King Institute of Preventive Medicine Micro-Biological Section reports 1909-11
Year: 1909
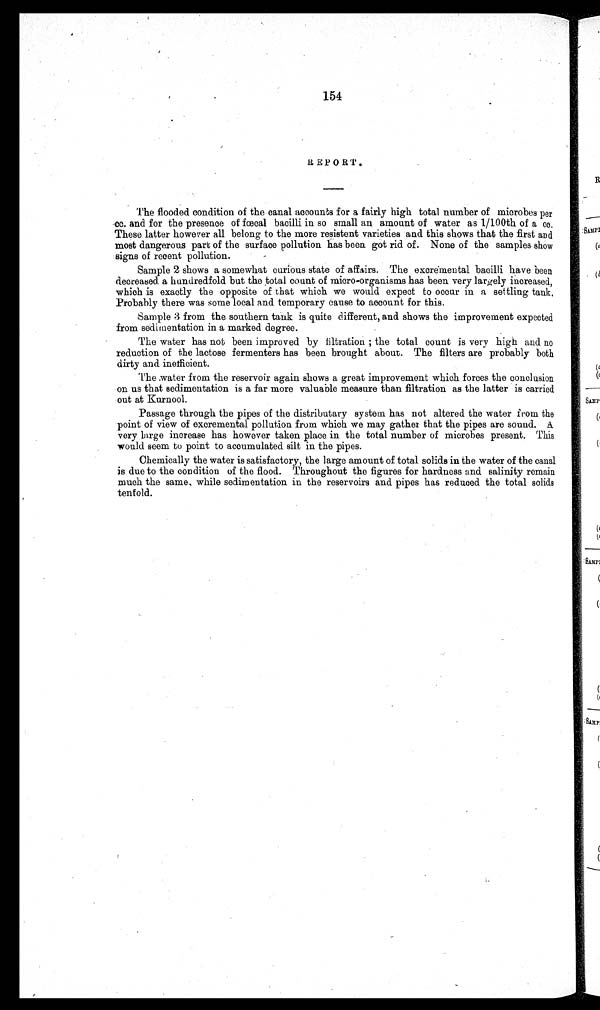
154
REPORT.
The flooded condition of the canal accounts for a fairly high total number of microbes per
cc. and for the presence of fœcal bacilli in so small an amount of water as 1/100th of a cc.
Thes e l at t er however al l bel ong t o t he mor e r es i s t ent var i et i es and t hi s s hows t hat t he f i r s t and
most dangerous part of the surface pollution has been got rid of. None of the samples show
signs of recent pollution.
Sample 2 shows a somewhat curious state of affairs. The excremental bacilli have been
decreased a hundredfold but the total count of micro-organisms has been very largely increased,
which is exactly the opposite of that which we would expect to occur in a settling tank.
Probably there was some local and temporary cause to account for this.
Sample 3 from the southern tank is quite different, and shows the improvement expected
from sedimentation in a marked degree.
The water has not been improved by filtration ; the total count is very high and no
reduction of the lactose fermenters has been brought about. The filters are probably both
dirty and inefficient.
The water from the reservoir again shows a great improvement which forces the conclusion
on us that sedimentation is a far more valuable measure than filtration as the latter is carried
out at Kurnool.
Passage through the pipes of the distributary system has not altered the water from the
point of view of excremental pollution from which we may gather that the pipes are sound. A
very large increase has however taken place in the total number of microbes present. This
would seem to point to accumulated silt in the pipes.
Chemically the water is satisfactory, the large amount of total solids in the water of the canal
is due to the condition of the flood. Throughout the figures for hardness and salinity remain
much the same, while sedimentation in the reservoirs and pipes has reduced the total solids
tenfold.